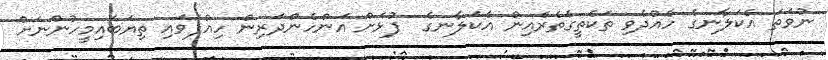
ނުވަތަ އެކަލާނގެ ހެއްދެވި ތަކެތީގެތެރެއިން އެކަލާނގެ  ފުޅަށް އަންހެންދަރިން ހިއްޕަވައި ތިޔަބައިމީހުންނަށް